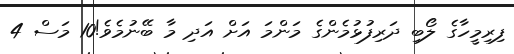
ފިރިމީހާގެ ލޯބި ދަރިފުޅުމެންގެ މަންމަ އަށް އަދި މާ ބޭނުމެވެ!10 މަސް 4